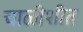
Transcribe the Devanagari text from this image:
चाळीशीत